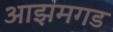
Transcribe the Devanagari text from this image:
आझमगड